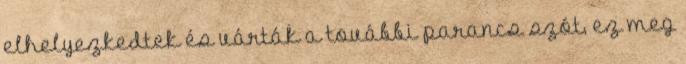
elhelyezkedtek és várták a további parancs szót, ez meg